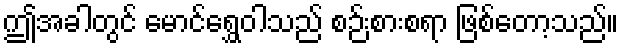
ဤအခါတွင် မောင်ရွှေဝါသည် စဉ်းစားစရာ ဖြစ်တော့သည်။